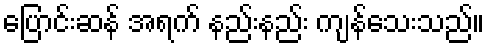
ပြောင်းဆန် အရက် နည်းနည်း ကျန်သေးသည်။